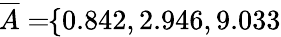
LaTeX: \! \! \! \! \! \! \! \; \; \; \; \overline{{A}}=\! \! \{ 0.842,2.946,9.033\} \! \! \!